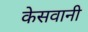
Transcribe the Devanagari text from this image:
केसवानी